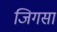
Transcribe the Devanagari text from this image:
जिगसा